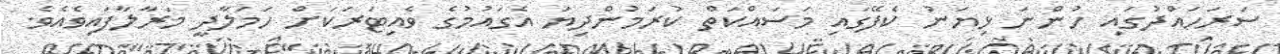
ސަރަހައްދުގައި ހުންނަ ޅިޔަނު ކެފޭގައި މަސައްކަތް ކުރަމުންދިޔަ އެގައުމުގެ ވެއިޓަރަކަށް ހަމަލާދީ މަރާލާފައިވެއެވެ.